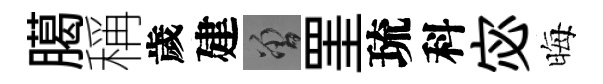
臈稱歲建曾罣琉科宓晦